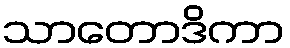
သာတောဒိကာ